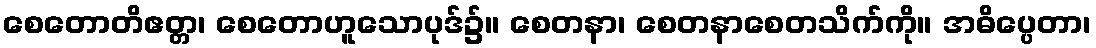
စေတောတိဧတ္တ၊ စေတောဟူသောပုဒ်၌။ စေတနာ၊ စေတနာစေတသိက်ကို။ အဓိပ္ပေတာ၊